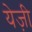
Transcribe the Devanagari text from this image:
येज़ी